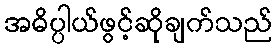
အဓိပ္ပါယ်ဖွင့်ဆိုချက်သည်